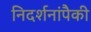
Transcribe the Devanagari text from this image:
निदर्शनांपैकी